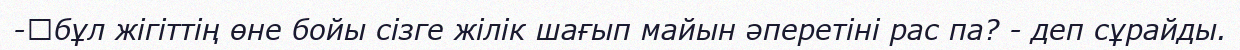
-	бұл жігіттің өне бойы сізге жілік шағып майын әперетіні рас па? - деп сұрайды.